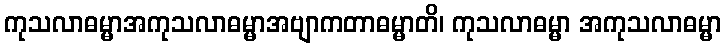
ကုသလာဓမ္မာအကုသလာဓမ္မာအဗျာကတာဓမ္မာတိ၊ ကုသလာဓမ္မာ အကုသလာဓမ္မာ